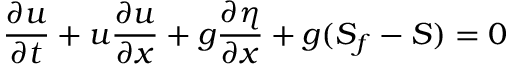
{ \frac { \partial u } { \partial t } } + u { \frac { \partial u } { \partial x } } + g { \frac { \partial \eta } { \partial x } } + g ( S _ { f } - S ) = 0